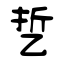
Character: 乴